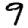
Digit: 9